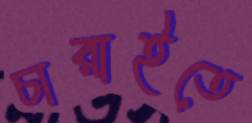
চারাইতে